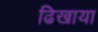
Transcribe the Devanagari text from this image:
ढिखाया